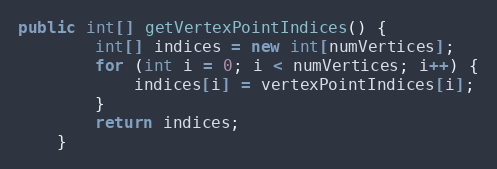
Language: Java
public int[] getVertexPointIndices() {
        int[] indices = new int[numVertices];
        for (int i = 0; i < numVertices; i++) {
            indices[i] = vertexPointIndices[i];
        }
        return indices;
    }